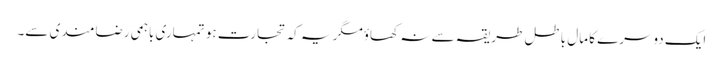
ایک دوسرے کا مال باطل طریقہ سے نہ کھاؤمگر یہ کہ تجارت ہو تمہاری باہمی رضامندی سے۔